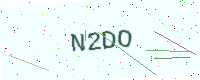
Text: N2DO